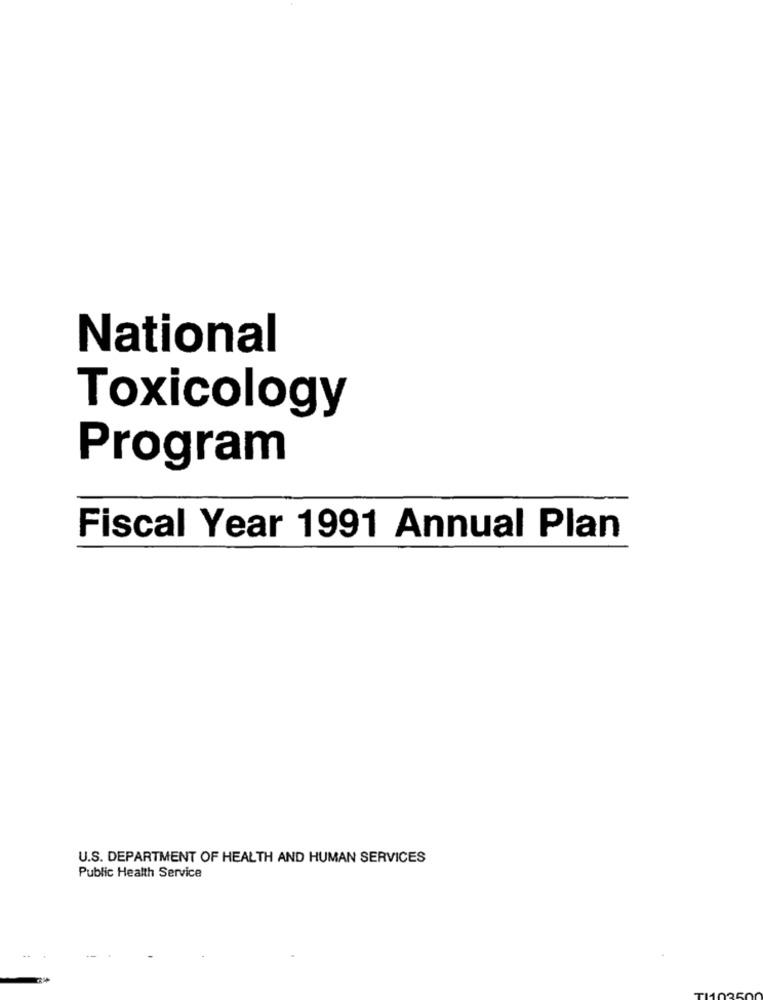
National
Toxicology
Program
Fiscal Year 1991 Annual Plan
U.S. DEPARTMENT OF HEALTH AND HUMAN SERVICES
Public Health Service